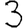
Digit: 3